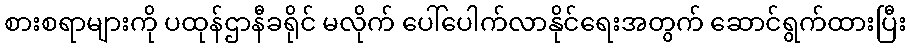
စားစရာများကို ပထုန်ဌာနီခရိုင် မလိုက် ပေါ်ပေါက်လာနိုင်ရေးအတွက် ဆောင်ရွက်ထားပြီး